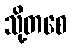
သို့တစေ